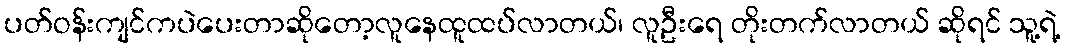
ပတ်ဝန်းကျင်ကပဲပေးတာဆိုတော့လူနေထူထပ်လာတယ်၊ လူဦးရေ တိုးတက်လာတယ် ဆိုရင် သူ့ရဲ့